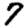
Digit: 7